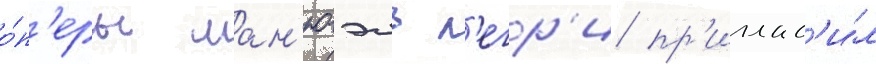
о́п'еры ман'юэль л'егр'и пр'иглас'и́л